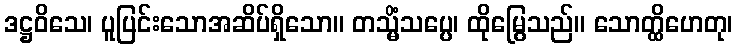
ဒဋ္ဌဝိသေ၊ ပူပြင်းသောအဆိပ်ရှိသော။ တသ္မိံသပ္ပေ၊ ထိုမြွေသည်။ သောတ္ထိဟေတု၊